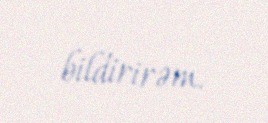
bildirirəm.